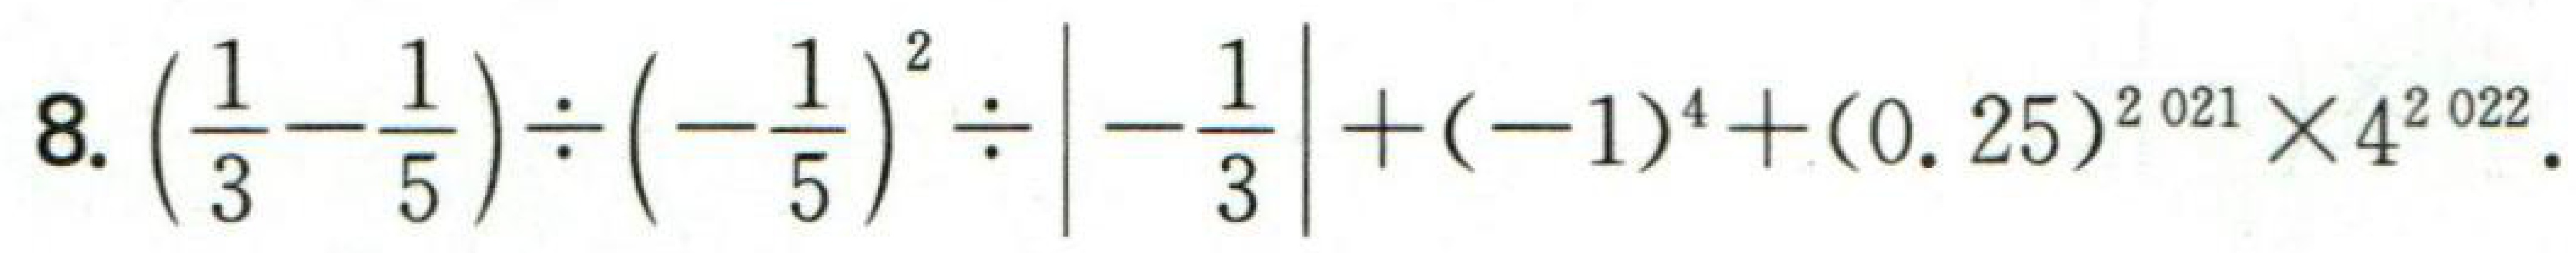
8. \(\left(\frac{1}{3}-\frac{1}{5}\right)\div\left(-\frac{1}{5}\right)^{2}\div\left|-\frac{1}{3}\right|+(-1)^{4}+(0.25)^{2021}\times4^{2022}\).